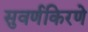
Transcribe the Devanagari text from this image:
सुवर्णकिरणे